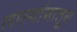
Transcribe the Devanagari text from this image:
लास्यांगातून